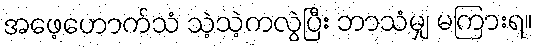
အဖေ့ဟောက်သံ သဲ့သဲ့ကလွဲပြီး ဘာသံမျှ မကြားရ။